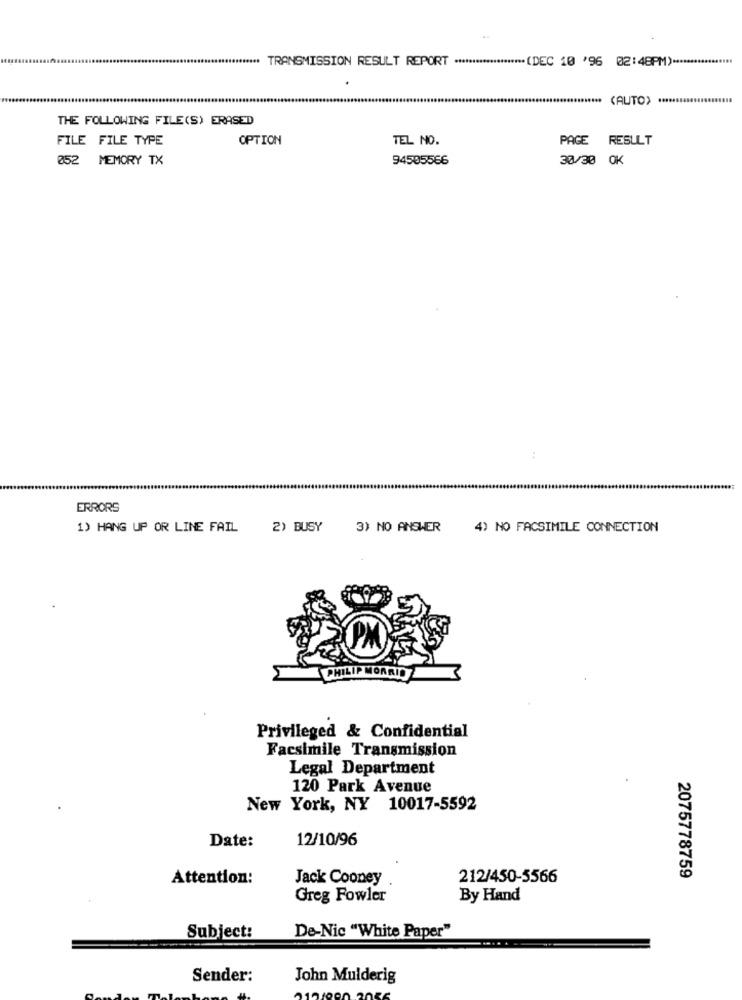
***** TRANSMISSION RESULT REPORT ******************* (DEC 10 '96 02:48PM) ***
.....
(AUTO)
THE FOLLOWING FILE(S) ERASED
FILE FILE TYPE
OPTION
TEL NO.
PAGE
RESULT
052 MEMORY TX
94505566
30/30 OK
:
ERRORS
1) HANG UP OR LINE FAIL
2) BUSY
3) NO ANSWER
4) NO FACSIMILE CONNECTION
PHILIP MORRIS
Privileged & Confidential
Facsimile Transmission
Legal Department
120 Park Avenue
New York, NY 10017-5592
Date:
12/10/96
Attention:
Jack Cooney
212/450-5566
2075778759
Greg Fowler
By Hand
Subject:
De-Nic "White Paper"
Sender:
John Mulderig